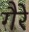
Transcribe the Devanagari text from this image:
गैरे